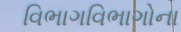
વિભાગવિભાગોના